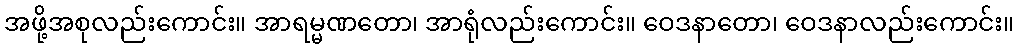
အဖို့အစုလည်းကောင်း။ အာရမ္မဏတော၊ အာရုံလည်းကောင်း။ ဝေဒနာတော၊ ဝေဒနာလည်းကောင်း။